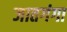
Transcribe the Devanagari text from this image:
जातगंगा